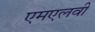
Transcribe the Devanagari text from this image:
एमएलवी